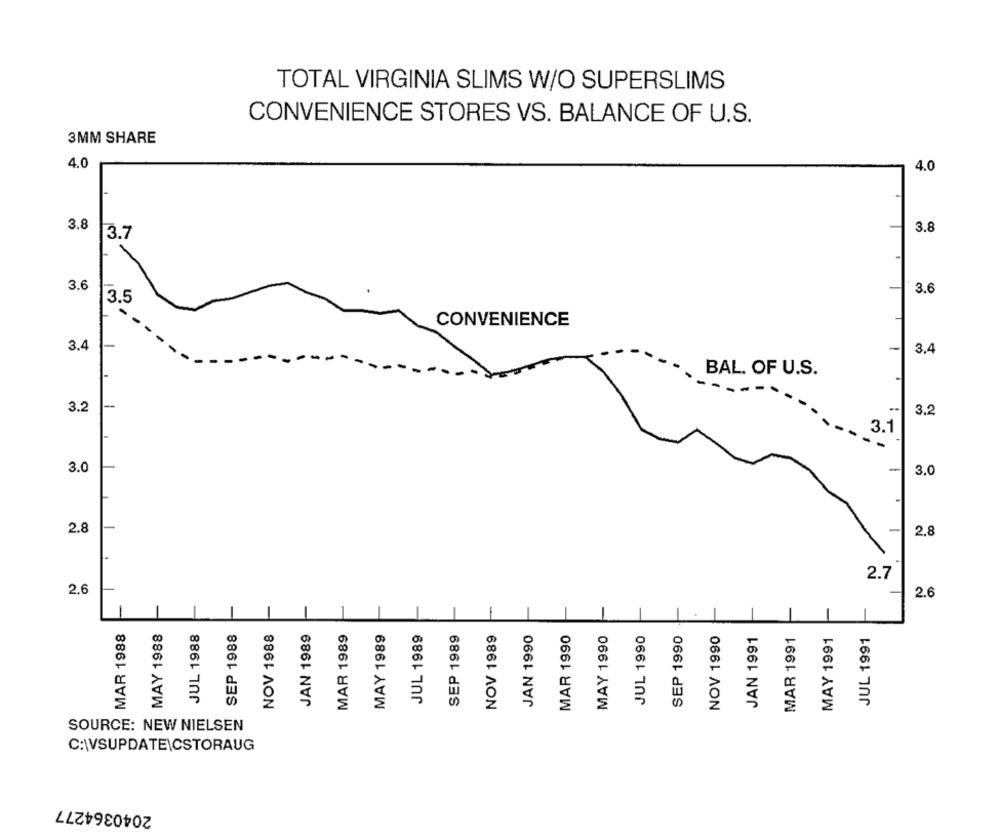
TOTAL VIRGINIA SLIMS W/O SUPERSLIMS
CONVENIENCE STORES VS. BALANCE OF U.S.
3MM SHARE
4.0
4.0
75
3.8
3.8
3.7
3.6
3.6
3.5
CONVENIENCE
3.4
3.4
BAL. OF U.S.
is
3.2
3.1
3.0
3.0
2.8
2.8
2.7
2.6
2.6
1
MAR 1988
MAY 1988
JUL 1988
SEP 1988
NOV 1988
JAN 1989
MAR 1989
MAY 1989
JUL 1989
SEP 1989
NOV 1989
JAN 1990
MAR 1990
MAY 1990
JUL 1990
SEP 1990
NOV 1990
JAN 1991
MAR 1991
MAY 1991
JUL 1991
SOURCE: NEW NIELSEN
C:\VSUPDATE|CSTORAUG
2040364277